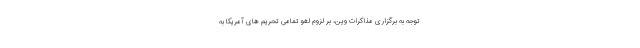
توجه به برگزاری مذاکرات وین، بر لزوم لغو تمامی تحریم های آمریکا به